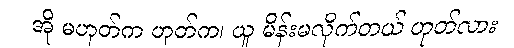
အို မဟုတ်က ဟုတ်က၊ ယူ မိန်းမလိုက်တယ် ဟုတ်လား